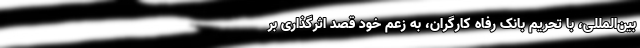
بین‌المللی، با تحریم بانک رفاه کارگران، به زعم خود قصد اثرگذاری بر